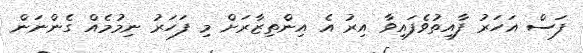
ފަސް އަހަރު ފާއިތުވެފައިވާ އިރު އެ އިންތިޒާރަށް މި ފަހަރު ނިމުމެއް ގެންނަން